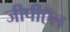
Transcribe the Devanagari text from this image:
जीपीऍल